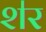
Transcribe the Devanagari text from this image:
श॑र